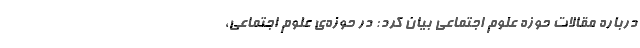
درباره مقالات حوزه علوم اجتماعی بیان کرد: در حوزه‌ی علوم اجتماعی،